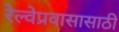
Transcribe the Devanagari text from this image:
रेल्वेप्रवासासाठी